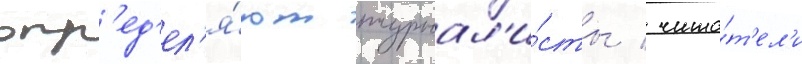
опр'ед'ел'я́ют журнал'и́сты / чита́т'ел'и